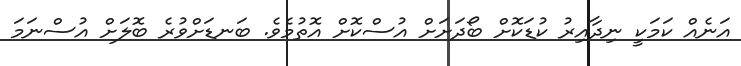
އަނެއް ކަމަކީ ނިދާއިރު ކުޑަކޮށް ބޯދަށަށް އުސްކޮށް އޮތުމެވެ. ބަނޑަށްވުރެ ބޮލަށް އުސްނަމަ